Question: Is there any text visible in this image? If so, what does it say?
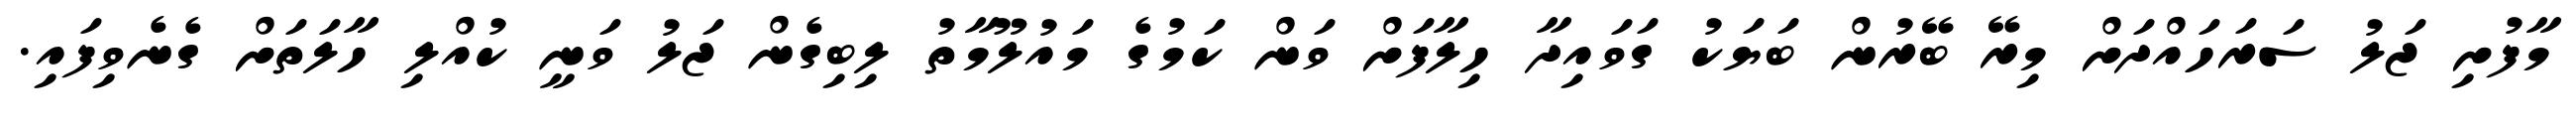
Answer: މާފުށި ޖަލު ސަރަހައްދަށް މިރޭ ބޭރުން ބަޔަކު ގަވައިދާ ހިލާފަށް ވަން ކަމުގެ މައުލޫމާތު ލިބިގެން ޖަލު ވަނީ ކުއްލި ހާލަތަށް ގެނެވިފައި.